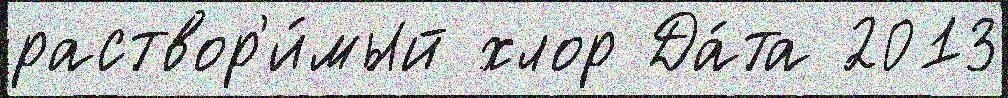
раствор'и́мый хлор Да́та 2013